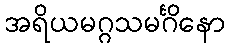
အရိယမဂ္ဂသမင်္ဂိနော